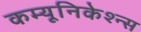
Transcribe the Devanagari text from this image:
कम्यूनिकेश्न्स